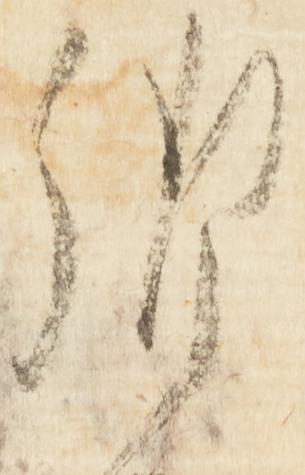
御